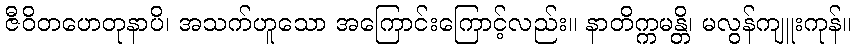
ဇီဝိတဟေတုနာပိ၊ အသက်ဟူသော အကြောင်းကြောင့်လည်း။ နာတိက္ကမန္တိ၊ မလွန်ကျူးကုန်။